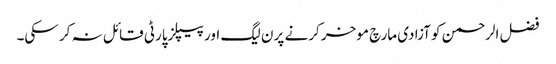
فضل الرحمن کو آزادی مارچ موخر کرنے پر ن لیگ اور پیپلزپارٹی قائل نہ کر سکی۔